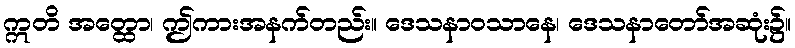
ဣတိ အတ္ထော၊ ဤကားအနက်တည်း။ ဒေသနာဝသာနေ၊ ဒေသနာတော်အဆုံး၌။